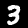
Label: 3